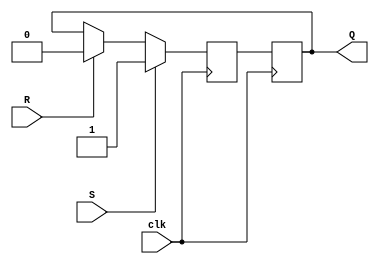
module sr_flipflop (
    input wire clk,
    input wire S,
    input wire R,
    output reg Q
);

reg Q1, Q2;

always @ (posedge clk) begin
    if (S) begin
        Q1 <= 1'b1;
    end else if (R) begin
        Q1 <= 1'b0;
    end else begin
        Q1 <= Q;
    end
end

always @ (posedge clk) begin
    Q2 <= Q1;
end

assign Q = Q2;

endmodule